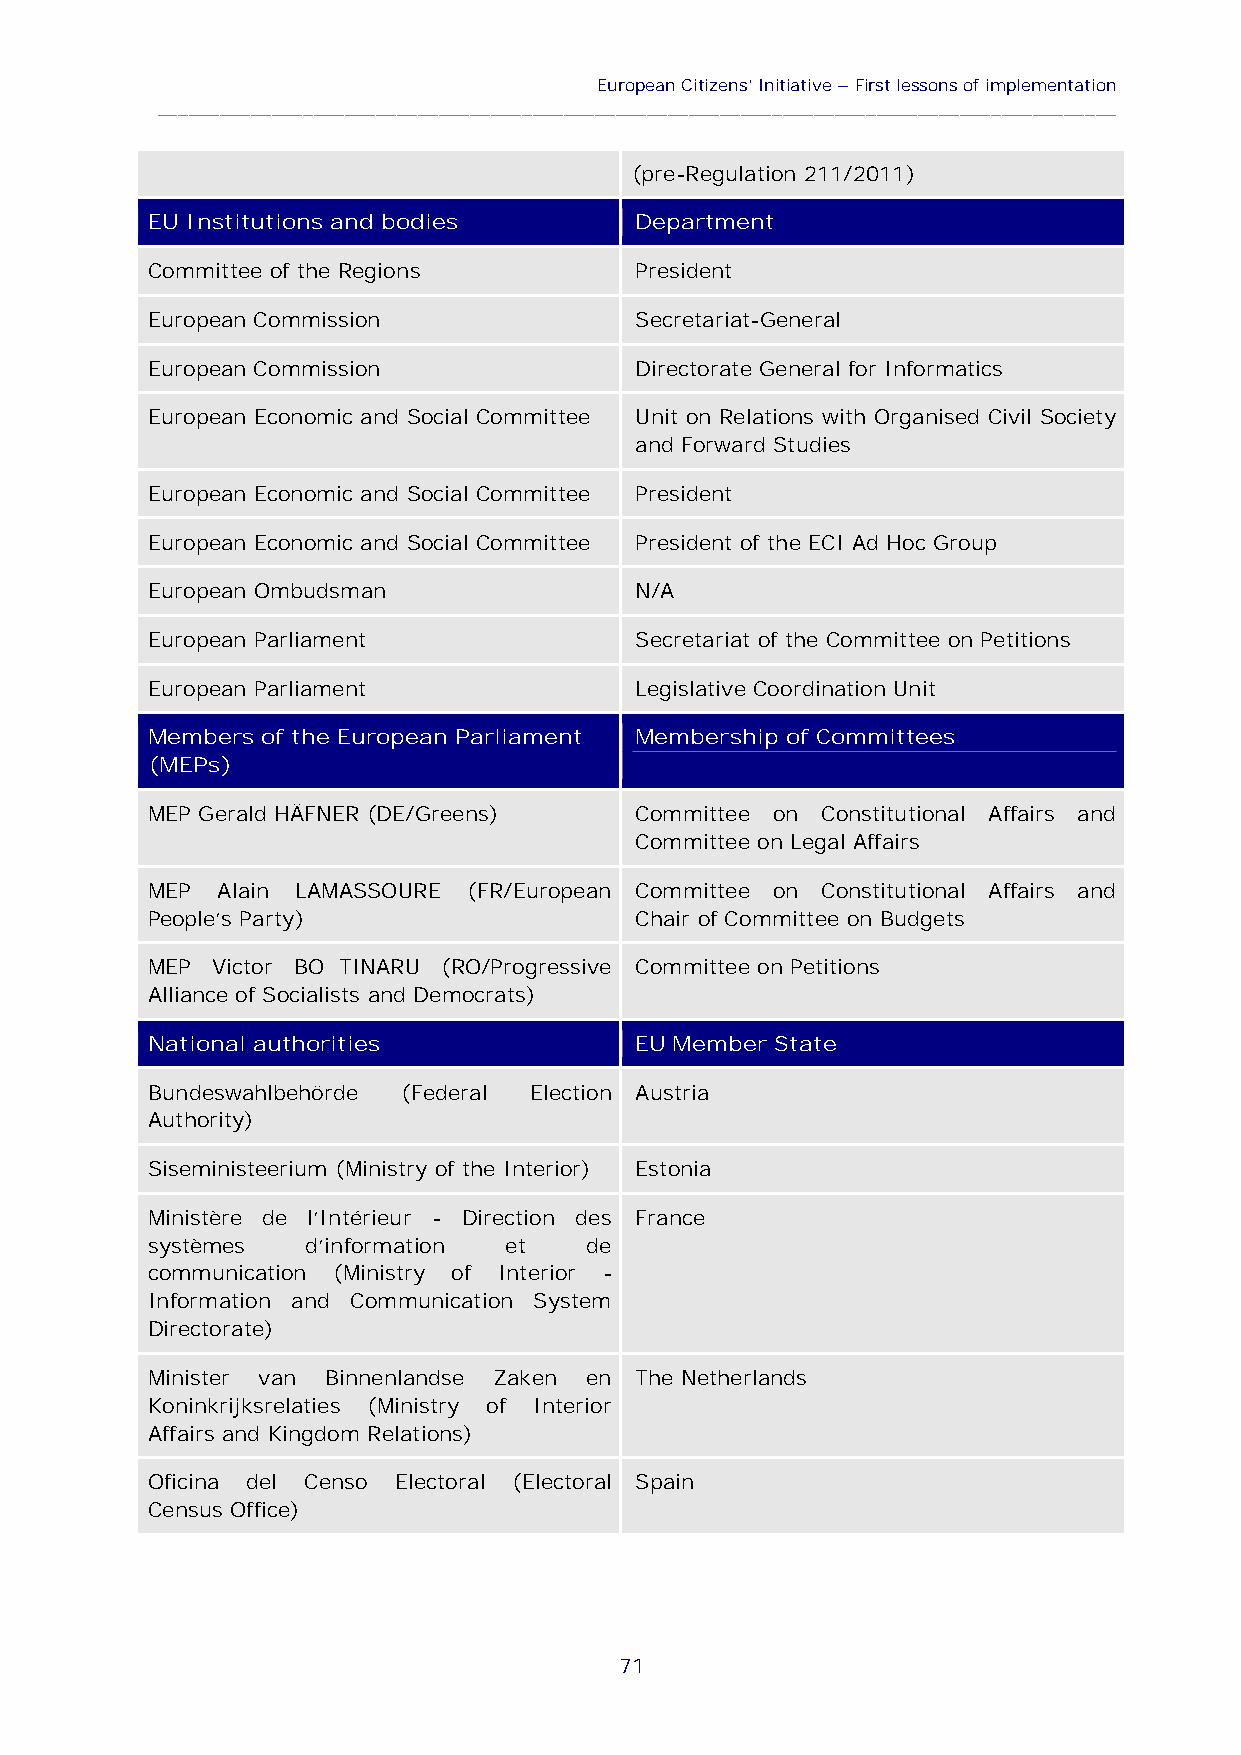
European Citizens’Initiative–First lessons of implementation
 ____________________________________________________________________________________________
 (pre-Regulation 211/2011)
 EU Institutions and bodies      Department
 Committee of the Regions        President
 European Commission             Secretariat-General
 European Commission             Directorate General for Informatics
 European Economic and Social Committee Unit on Relations with Organised Civil Society
 and Forward Studies
 European Economic and Social Committee President
 European Economic and Social Committee President of the ECI Ad Hoc Group
 European Ombudsman              N/A
 European Parliament             Secretariat of the Committee on Petitions
 European Parliament             Legislative Coordination Unit
 Members of the European Parliament Membership of Committees
 (MEPs)
 MEP Gerald HÄFNER (DE/Greens)   Committee on Constitutional Affairs and
 Committee on Legal Affairs
 MEP Alain LAMASSOURE (FR/European Committee on Constitutional Affairs and
 People's Party)                 Chair of Committee on Budgets
 MEP Victor BOŞTINARU (RO/Progressive Committee on Petitions
 Alliance of Socialists and Democrats)
 National authorities            EU Member State
 Bundeswahlbehörde (Federal Election Austria
 Authority)
 Siseministeerium (Ministry of the Interior) Estonia
 Ministère de l'Intérieur - Direction des France
 systèmes  d'information et   de
 communication (Ministry of Interior -
 Information and Communication System
 Directorate)
 Minister van Binnenlandse Zaken en The Netherlands
 Koninkrijksrelaties (Ministry of Interior
 Affairs and Kingdom Relations)
 Oficina del Censo Electoral (Electoral Spain
 Census Office)
 71